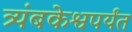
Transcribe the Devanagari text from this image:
त्र्यंबकेश्वपर्यंत